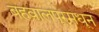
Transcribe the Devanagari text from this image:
बहवालपूरमधून